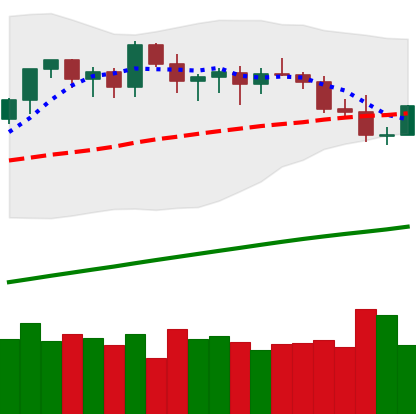
Ticker: ETH-USD
Chart end date: 2021-03-26
Forward return: 12.656%
Label: up_7plus